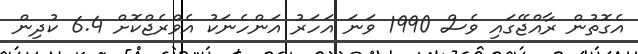
އެގޮތުން ރާއްޖޭގައި ވެސް 1990 ވަނަ އަހަރު އަންހެނަކު އެވްރެޖްކޮށް 6.4 ކުދިން